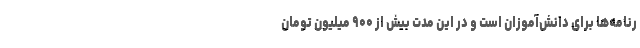
رنامه‌ها برای دانش‌آموزان است و در این مدت بیش از ۹۰۰ میلیون تومان